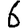
Digit: 6